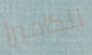
للكاميرا